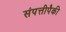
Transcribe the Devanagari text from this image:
संपत्तीपैकी